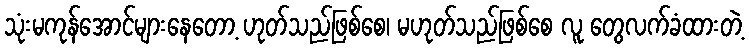
သုံးမကုန်အောင်များနေတော့ ဟုတ်သည်ဖြစ်စေ၊ မဟုတ်သည်ဖြစ်စေ လူ တွေလက်ခံထားတဲ့